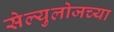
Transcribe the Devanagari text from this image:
सेल्युलोजच्या